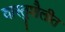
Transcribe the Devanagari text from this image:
वास्तुशैलीत